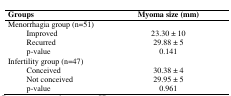
<table><thead><tr><td colspan="2"><b>Groups</b></td><td><b>Myoma size (mm) </b></td></tr></thead><tbody><tr><td colspan="3">Menorrhagia group (n=51)</td></tr><tr><td></td><td>Improved</td><td>23.30 ± 10</td></tr><tr><td></td><td>Recurred</td><td>29.88 ± 5</td></tr><tr><td></td><td>p-value</td><td>0.141</td></tr><tr><td colspan="3">Infertility group (n=47)</td></tr><tr><td></td><td>Conceived</td><td>30.38 ± 4</td></tr><tr><td></td><td>Not conceived</td><td>29.95 ± 5</td></tr><tr><td></td><td>p-value</td><td>0.961</td></tr></tbody></table>